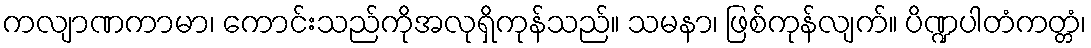
ကလျာဏကာမာ၊ ကောင်းသည်ကိုအလုရှိကုန်သည်။ သမနာ၊ ဖြစ်ကုန်လျက်။ ပိဏ္ဍပါတံကတ္တံ၊